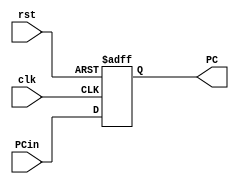
module Program_Counter(input clk,
input rst,
input[7:0] PCin,
output reg [7:0] PC);

always @ (posedge clk or negedge rst)
begin
	if(!rst)
	PC <=0;
	else
	PC <= PCin;
	

end

endmodule